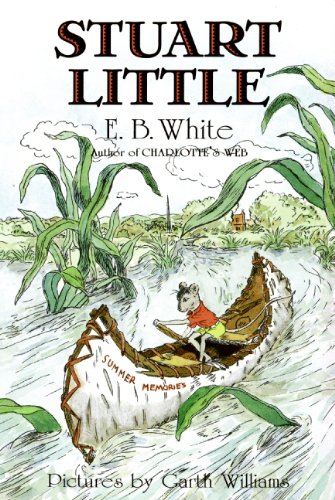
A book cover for Stuart Little; E. B. White; Children's Books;